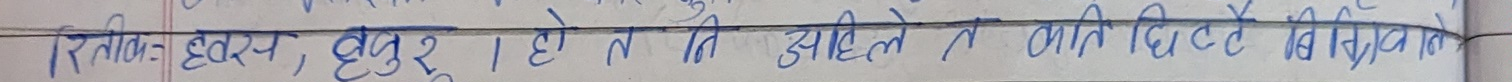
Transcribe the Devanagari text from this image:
रितिक: ह्रस्व,  ह्रसुर होते नि उहितेन कति चित्तै विविधन ले